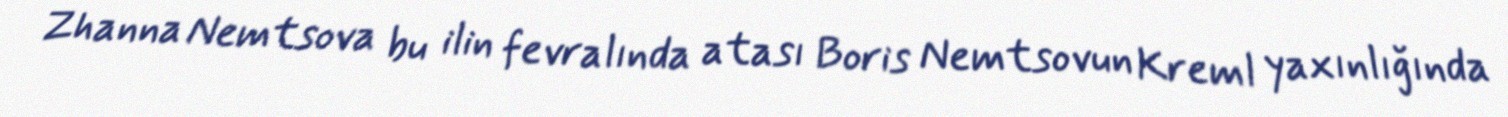
Zhanna Nemtsova bu ilin fevralında atası Boris Nemtsovun Kreml yaxınlığında